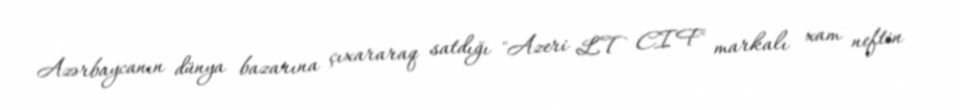
Azərbaycanın dünya bazarına çıxararaq satdığı "Azeri LT CIF" markalı xam neftin